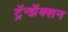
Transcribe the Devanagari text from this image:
ट्रॅन्झॅक्शन